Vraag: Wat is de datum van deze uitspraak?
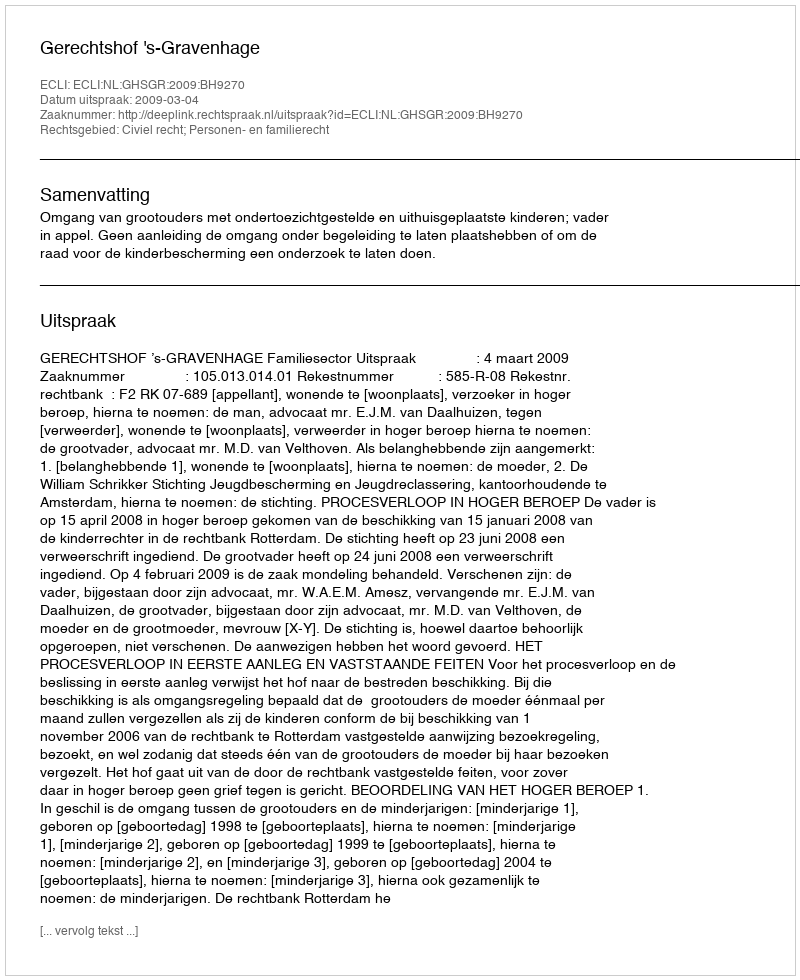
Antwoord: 2009-03-04